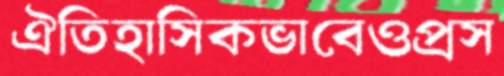
ঐতিহাসিকভাবেওপ্রস